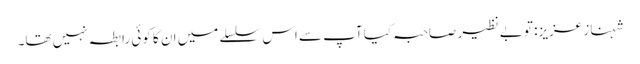
شہناز عزیز: تو بے نظیر صاحبہ کیا آپ سے اس سلسلے میں ان کا کوئی رابطہ نہیں تھا۔